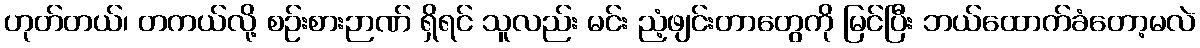
ဟုတ်တယ်၊ တကယ်လို့ စဉ်းစားဉာဏ် ရှိရင် သူလည်း မင်း ညံ့ဖျင်းတာတွေကို မြင်ပြီး ဘယ်ထောက်ခံတော့မလဲ